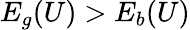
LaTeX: E_{g}(U)>E_{b}(U)